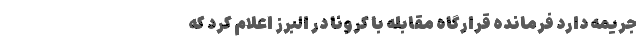
جریمه دارد فرمانده قرارگاه مقابله با کرونا در البرز اعلام کرد که